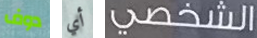
دوف أي الشخصي